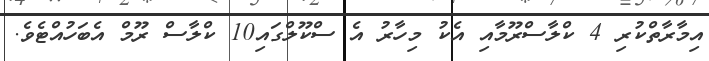
އިމާރާތްކުރި 4 ކްލާސްރޫމާއި އެކު މިހާރު އެ ސްކޫލްގައި10 ކްލާސް ރޫމް އެބަހުއްޓެވެ.